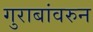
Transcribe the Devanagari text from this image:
गुराबांवरुन